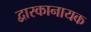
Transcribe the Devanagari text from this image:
द्वारकानायक